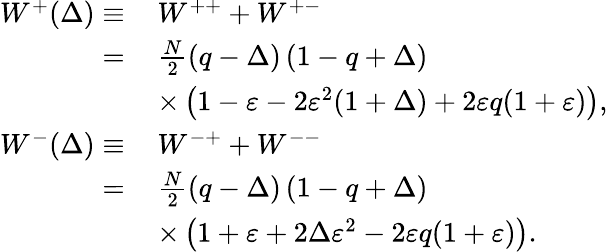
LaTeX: \begin{array}{rl}{W^{+}(\Delta)\equiv}&{\, W^{++}+W^{+-}}\\ {=}&{\, \frac{N}{2}\left(q-\Delta\right)\left(1-q+\Delta\right)}\\ &{\, \times\left(1-\varepsilon-2\varepsilon^{2}(1+\Delta)+2\varepsilon q(1+\varepsilon)\right),}\\ {W^{-}(\Delta)\equiv}&{\, W^{-+}+W^{--}}\\ {=}&{\, \frac{N}{2}\left(q-\Delta\right)\left(1-q+\Delta\right)}\\ &{\, \times\left(1+\varepsilon+2\Delta\varepsilon^{2}-2\varepsilon q(1+\varepsilon)\right).}\end{array}